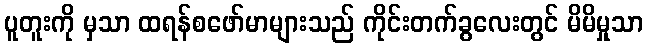
ပူတူးကို မှသာ ထရန်စဖော်မာများသည် ကိုင်းတက်ခွလေးတွင် မိမိမှုသာ